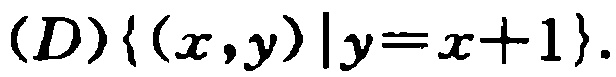
$(D)\{(x,y)\mid y = x + 1\}$